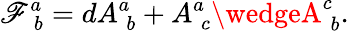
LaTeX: \mathscr{F}_{\; b}^{a}=dA_{\; b}^{a}+A_{\; c}^{a}\wedgeA_{\; b}^{c}.